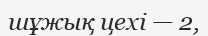
шұжық цехі — 2,